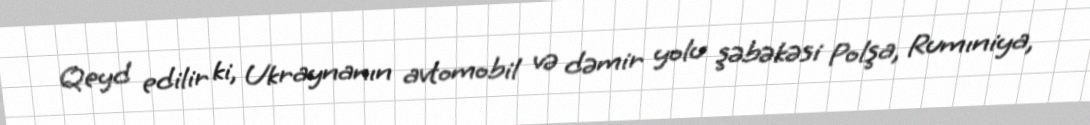
Qeyd edilir ki, Ukraynanın avtomobil və dəmir yolu şəbəkəsi Polşa, Rumıniya,